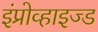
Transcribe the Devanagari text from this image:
इंप्रोव्हाइज्ड